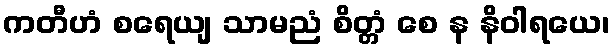
ကတီဟံ စရေယျ သာမညံ စိတ္တံ စေ န နိဝါရယေ၊